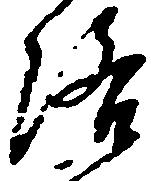
洛